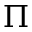
\Pi